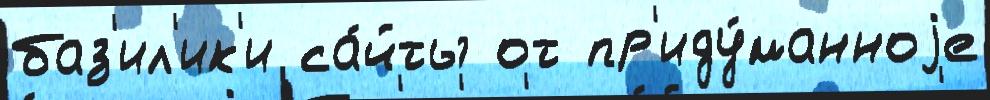
баз'ил'ик'и са́йты от пр'иду́манноjе